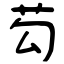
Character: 芶